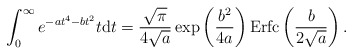
\begin{align*} \int_{0}^{\infty}e^{-a t^4 -b t^2} t \mathrm{d}{t} = \frac{\sqrt{\pi}}{4\sqrt{a}} \exp \left( \frac{b^2}{4a}\right) \mathrm{Erfc} \left(\frac{b}{2\sqrt{a}}\right).\end{align*}